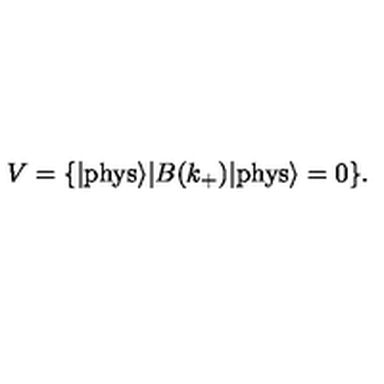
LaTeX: V = \{ | \mathrm { p h y s } { \rangle } | B ( k _ { + } ) | \mathrm { p h y s } { \rangle } = 0 \} .